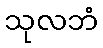
သုလဘံ